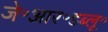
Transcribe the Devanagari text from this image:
जे॰आर॰डब्लू॰